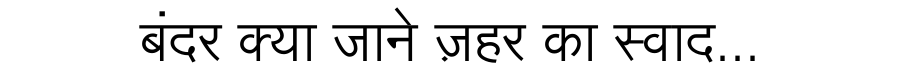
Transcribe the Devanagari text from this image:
बंदर क्या जाने ज़हर का स्वाद...